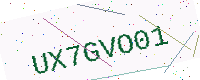
Text: UX7GVO01